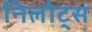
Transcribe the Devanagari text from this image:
निलोट्स